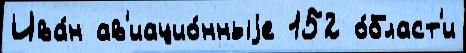
Ива́н ав'иацио́нныjе 152 о́бласт'и